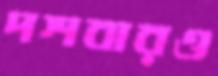
দশবারও